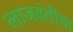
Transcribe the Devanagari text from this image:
लाजवंतीचा